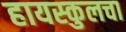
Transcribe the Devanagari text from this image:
हायस्‍कुलचा